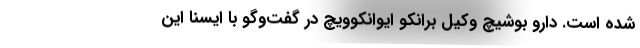
شده است. دارو بوشیچ وکیل برانکو ایوانکوویچ در گفت‌وگو با ایسنا این